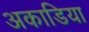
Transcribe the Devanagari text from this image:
अकाडिया